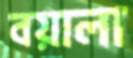
বয়ালা